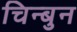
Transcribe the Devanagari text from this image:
चिन्बुन